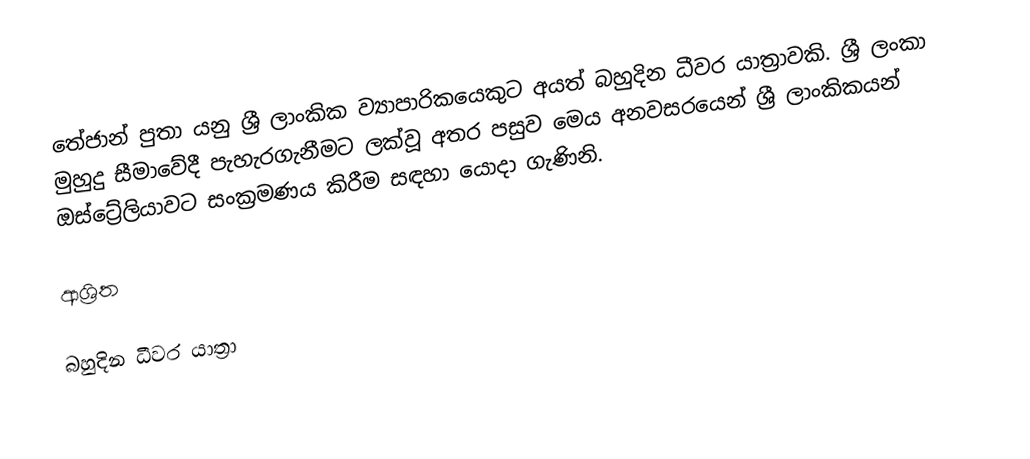
තේජාන් පුතා යනු ශ්‍රී ලාංකික ව්‍යාපාරිකයෙකුට අයත් බහුදින ධීවර යාත්‍රාවකි. ශ්‍රී ලංකා මුහුදු සීමාවේදී පැහැරගැනීමට ලක්වූ අතර පසුව මෙය අනවසරයෙන් ශ්‍රී ලාංකිකයන් ඔස්‌ට්‍රේලියාවට සංක්‍රමණය කිරීම සඳහා යොදා ගැණිනි.

ආශ්‍රිත

බහුදින ධීවර යාත්‍රා